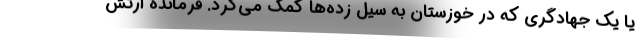
یا یک جهادگری که در خوزستان به سیل زده‌ها کمک می‌کرد. فرمانده ارتش